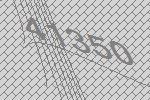
41350